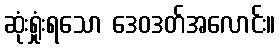
ဆုံးရှုံးရသော ဒေဝဒတ်အလောင်း။